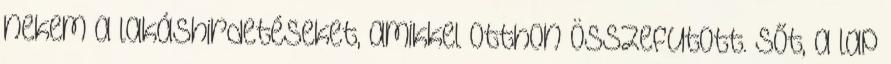
nekem a lakáshirdetéseket, amikkel otthon összefutott. sőt, a lap